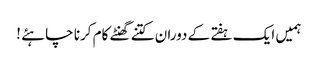
ہمیں ایک ہفتے کے دوران کتنے گھنٹے کام کرنا چاہئے !